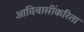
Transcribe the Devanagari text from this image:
आदिवासींकरिता